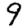
Digit: 9